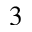
^ 3